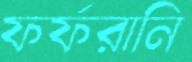
ফর্‌ফরানি